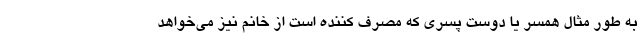
به طور مثال همسر یا دوست پسری که مصرف کننده است از خانم نیز می‌خواهد